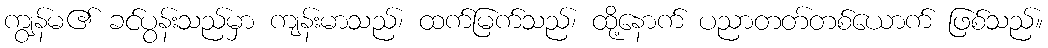
ကျွန်မ၏ ခင်ပွန်းသည်မှာ ကျန်းမာသည်၊ ထက်မြက်သည်၊ ထို့နောက် ပညာတတ်တစ်ယောက် ဖြစ်သည်။